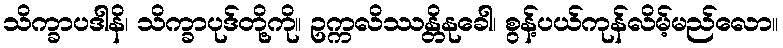
သိက္ခာပဒါနိ၊ သိက္ခာပုဒ်တို့ကို။ ဥက္ကလိဿန္တိနုခေါ၊ စွန့်ပယ်ကုန်လိမ့်မည်လော။